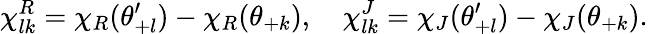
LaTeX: \chi_{lk}^{R}=\chi_{R}(\theta_{+l}^{\prime})-\chi_{R}(\theta_{+k}),\quad\chi_{lk}^{J}=\chi_{J}(\theta_{+l}^{\prime})-\chi_{J}(\theta_{+k}).